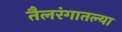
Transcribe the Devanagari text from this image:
तैलरंगातल्या